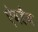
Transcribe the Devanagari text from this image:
ऐबडैब